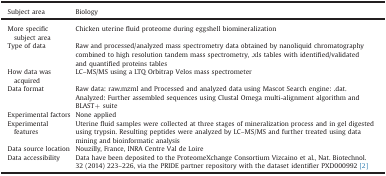
<table><thead><tr><td><b>Subject area</b></td><td><b>Biology</b></td></tr></thead><tbody><tr><td>More specific subject area</td><td>Chicken uterine fluid proteome during eggshell biomineralization</td></tr><tr><td>Type of data</td><td>Raw and processed/analyzed mass spectrometry data obtained by nanoliquid chromatography combined to high resolution tandem mass spectrometry, .xls tables with identified/validated and quantified proteins tables</td></tr><tr><td>How data was acquired</td><td>LC–MS/MS using a LTQ Orbitrap Velos mass spectrometer</td></tr><tr><td rowspan="2">Data format</td><td>Raw data: raw.mzml and Processed and analyzed data using Mascot Search engine: .dat.</td></tr><tr><td>Analyzed: Further assembled sequences using Clustal Omega multi-alignment algorithm and BLAST+ suite</td></tr><tr><td>Experimental factors</td><td>None applied</td></tr><tr><td>Experimental features</td><td>Uterine fluid samples were collected at three stages of mineralization process and in gel digested using trypsin. Resulting peptides were analyzed by LC–MS/MS and further treated using data mining and bioinformatic analysis</td></tr><tr><td>Data source location</td><td>Nouzilly, France, INRA Centre Val de Loire</td></tr><tr><td>Data accessibility</td><td>Data have been deposited to the ProteomeXchange Consortium Vizcaino et al., Nat. Biotechnol. 32 (2014) 223–226, via the PRIDE partner repository with the dataset identifier PXD000992 [2]</td></tr></tbody></table>